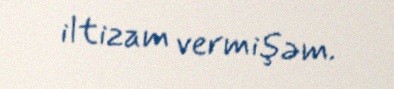
iltizam vermişəm.